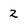
Character: 2